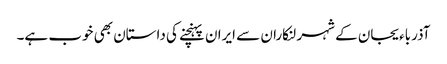
آذرباءیجان کے شہر لنکاران سے ایران پہنچنے کی داستان بھی خوب ہے۔